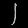
Digit: ၂